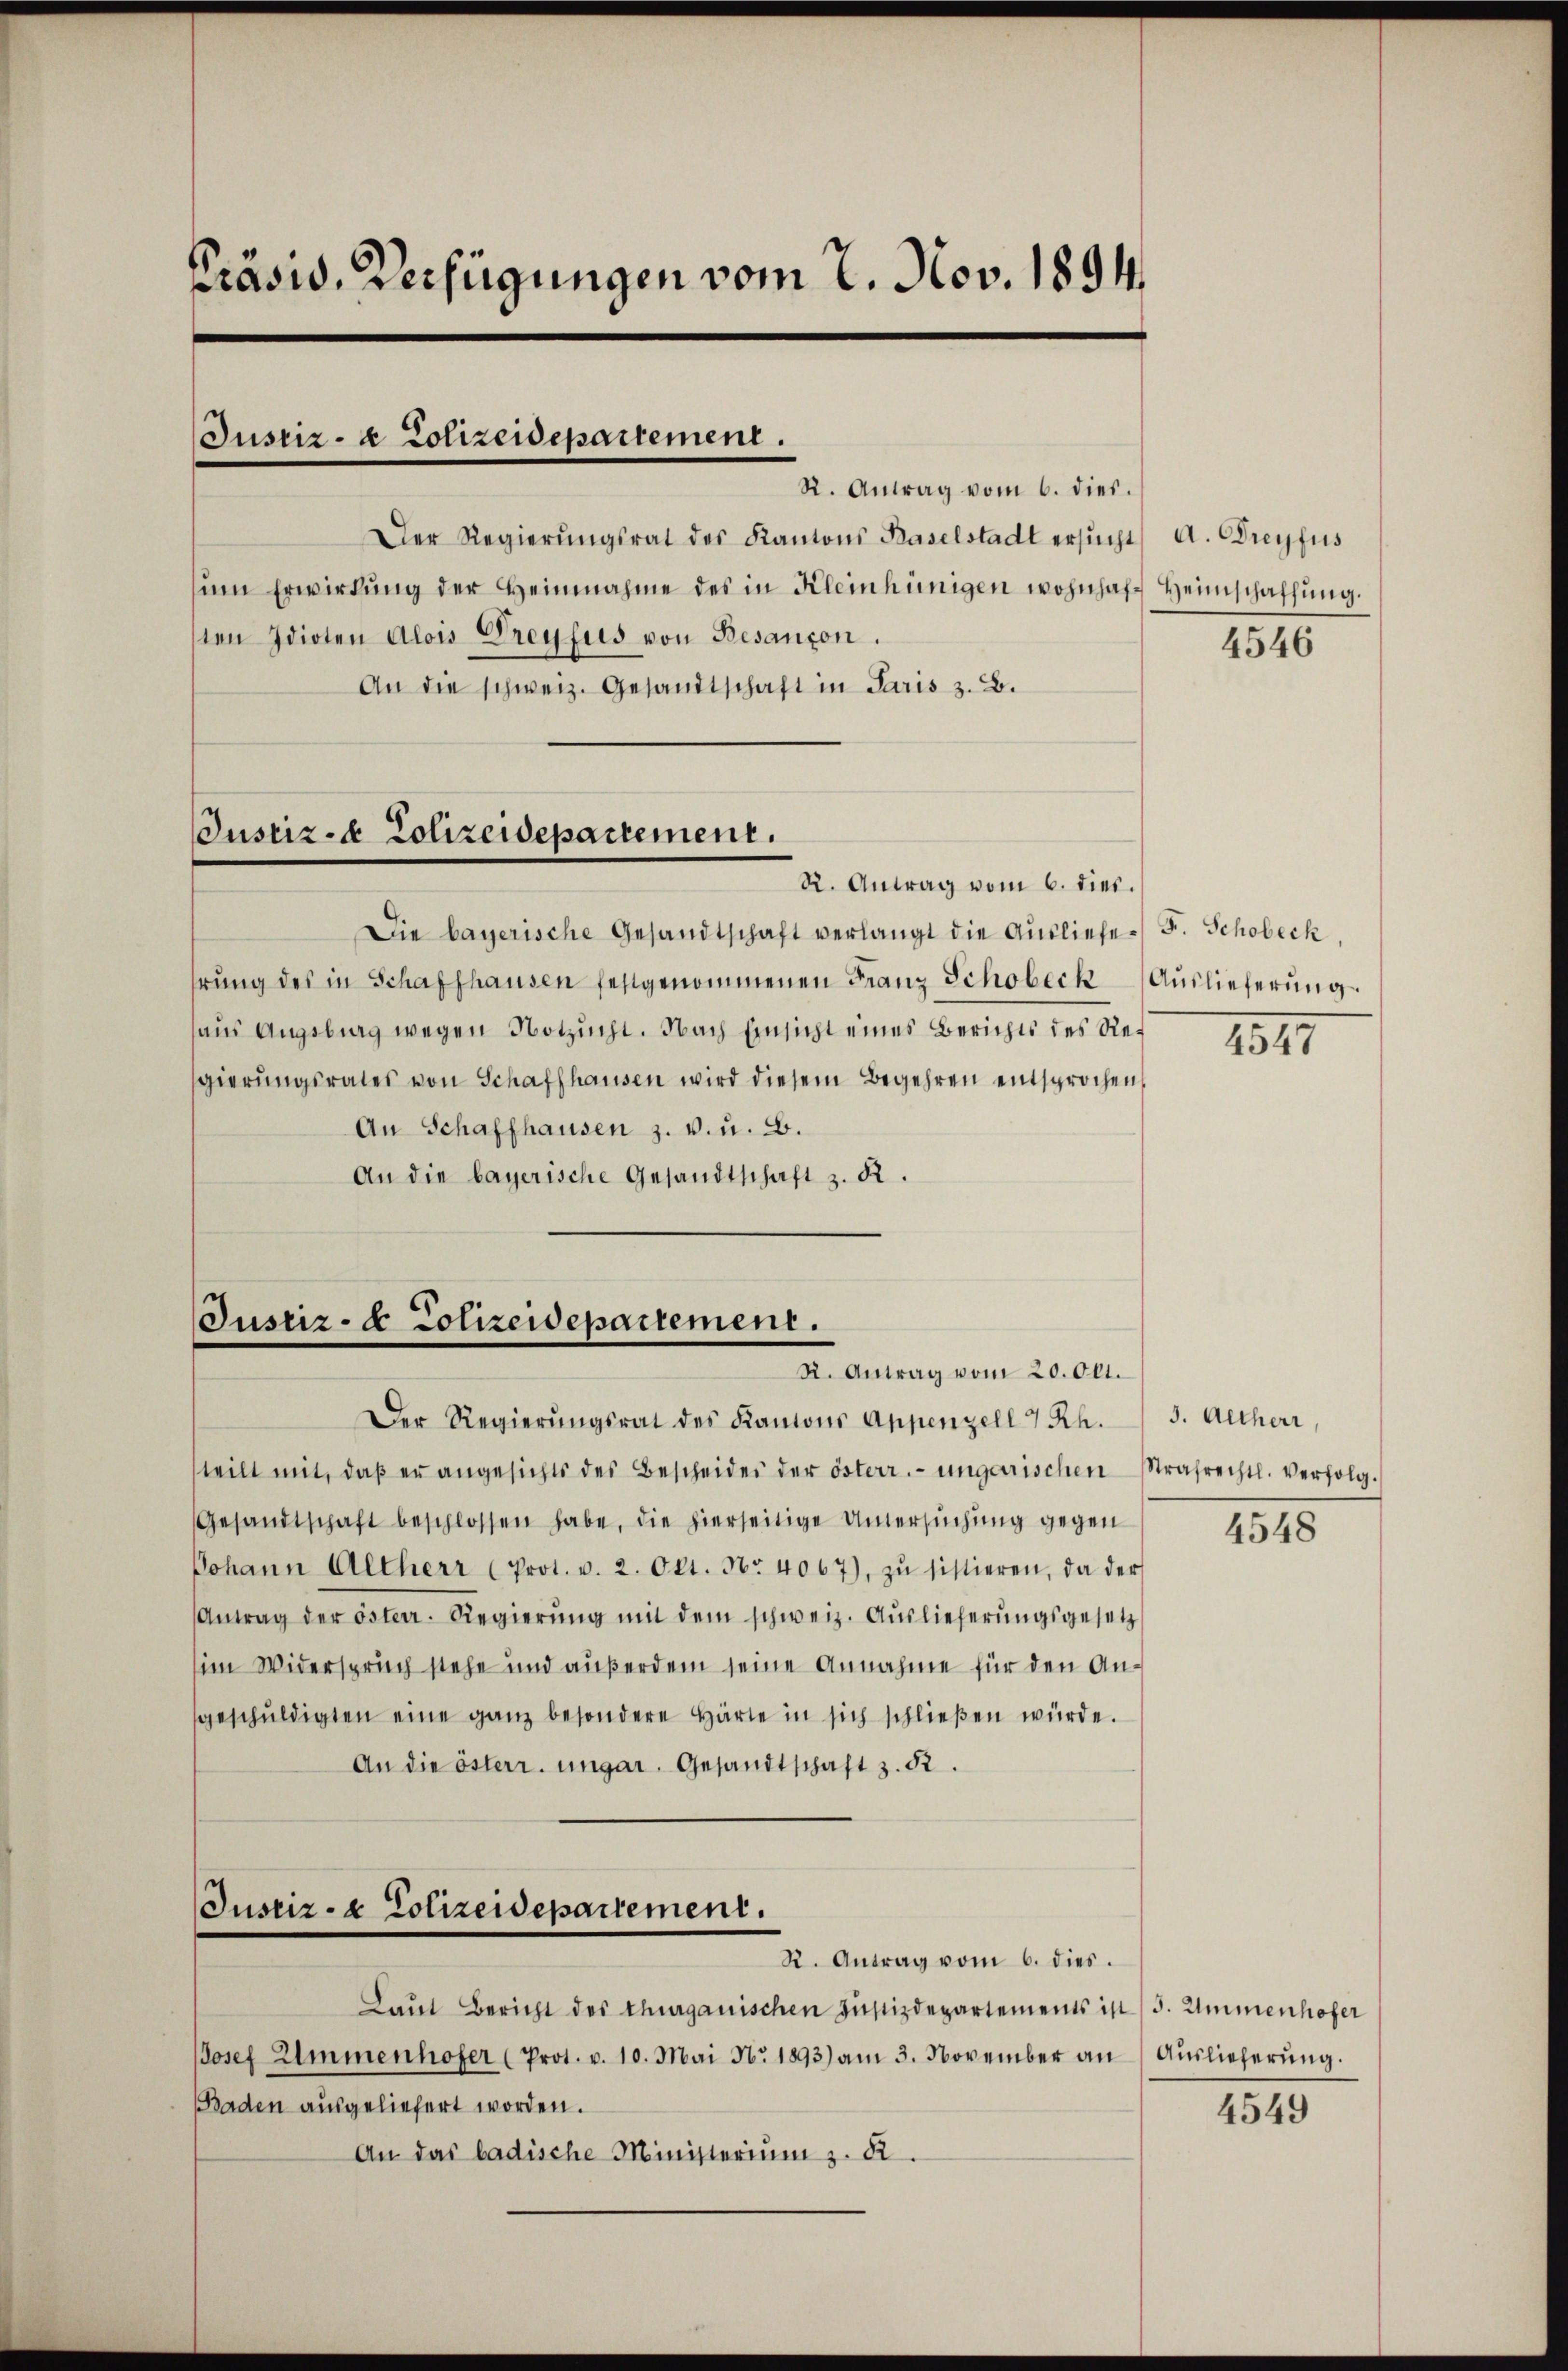
Präsid. Verfügungen vom 7. Nov. 1894.

Justiz- & Polizeidepartement.

Der Regierŭngsrat des Kantons Baselstadt ersŭcht A. Dreyfus
sŭm Erwirkŭng der Heinnahme des in Kleinhünigen wohnhaft Heimschaffŭng.
ten Idioten Alois Dreyfus von Besançon.
An die schweiz. Gesandtschaft in Paris z. B.

Justiz- & Polizeidepartement.

Justiz- & Polizeidepartement.
R. Antrag vom 20. Okt.

Justiz- & Polizeidepartement.

R. Antrag vom 6. dies.

R. Antrag vom 6. dies.
Die bayerische Gesandtschaft verlangt die Ausliefe F. Schobeck,
hrung des in Schaffhausen festgenommenen Franz Schobeck Auslieferung
aus Augsburg wegen Notzucht. Nach Einsicht eines Berichts des Regierungsrates von Schaffhausen wird diesem Begehren einsprochen,
An Schaffhausen z. v. u. B.
An die bayerische Gesandtschaft z. B.

Der Regierŭngsrat des Kantons Appenzell 7 Rh.

teilt mit, daß er angesichts des Bescheider der österr. ungarischen Strafrechtl. verfolg¬
Gesandtschaft beschlossen habe, die hierseitige Untersuchung gegen
Johann Altherr (Prot. v. 2. Okt. Nr. 4067), zŭ sistieren, da der
Antrag der österr. Regierŭng mit dem schweiz. Auslieferŭngsgesetz
im Widerspruch stehe und außerdem seine Annahme für den Angeschŭldigten eine ganz besondere Härte in sich schlieβen würde.
An die österr. ungar. Gesandtschaft z. 52.

R. Antrag vom 6. dies.
Laŭt Bericht des Thurgauischen Justizdepartements ist (3. Ammenhofer
JJosef Ammenhofer (Prot. v. 10. Mai Nr. 1893) am 3. November an
Baden ausgeliefert worden.
An das badische Ministerium z. B.

4546

1547

3. Altherr,

4548

Auslieferung.

4549